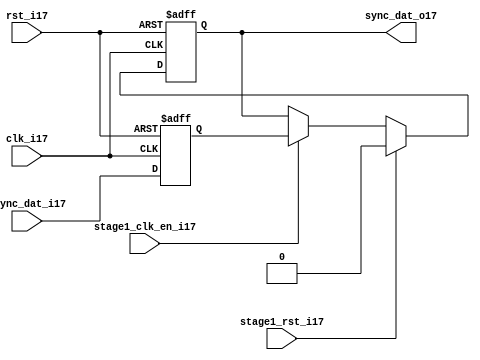
module uart_sync_flops17
(
  // internal signals17
  rst_i17,
  clk_i17,
  stage1_rst_i17,
  stage1_clk_en_i17,
  async_dat_i17,
  sync_dat_o17
);

parameter Tp17            = 1;
parameter width         = 1;
parameter init_value17    = 1'b0;

input                           rst_i17;                  // reset input
input                           clk_i17;                  // clock17 input
input                           stage1_rst_i17;           // synchronous17 reset for stage17 1 FF17
input                           stage1_clk_en_i17;        // synchronous17 clock17 enable for stage17 1 FF17
input   [width-1:0]             async_dat_i17;            // asynchronous17 data input
output  [width-1:0]             sync_dat_o17;             // synchronous17 data output


//
// Interal17 signal17 declarations17
//

reg     [width-1:0]             sync_dat_o17;
reg     [width-1:0]             flop_017;


// first stage17
always @ (posedge clk_i17 or posedge rst_i17)
begin
    if (rst_i17)
        flop_017 <= #Tp17 {width{init_value17}};
    else
        flop_017 <= #Tp17 async_dat_i17;    
end

// second stage17
always @ (posedge clk_i17 or posedge rst_i17)
begin
    if (rst_i17)
        sync_dat_o17 <= #Tp17 {width{init_value17}};
    else if (stage1_rst_i17)
        sync_dat_o17 <= #Tp17 {width{init_value17}};
    else if (stage1_clk_en_i17)
        sync_dat_o17 <= #Tp17 flop_017;       
end

endmodule